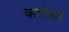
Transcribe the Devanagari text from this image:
कर्तव्यां